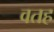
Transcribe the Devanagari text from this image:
वतह